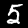
Digit: 5